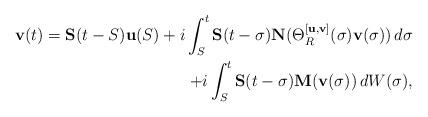
LaTeX: \begin{align*} \mathbf v(t) = \mathbf S(t-S) \mathbf u(S) + i \int_S^t \mathbf S(t-\sigma) \mathbf N(\Theta_R^{[\mathbf u,\mathbf v]}(\sigma)\mathbf v(\sigma)) \, d\sigma \\ + i \int_S^t \mathbf S(t-\sigma) \mathbf M(\mathbf v(\sigma)) \, dW(\sigma),\end{align*}